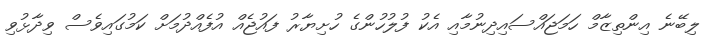
ލިބޭނެ އިންތިޒާމް ހަމަޖައްސައިދިނުމާއި އެކު ފުލުހުންގެ ހުށިޔާރު ފައުޖެއް އުފެއްދުމަށް ކަމުގައިވެސް ވިދާޅުވި